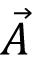
\vec { A }